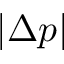
| \Delta p |